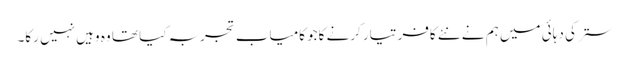
ستر کی دہائی میں ہم نے نئے کافر تیار کرنے کاجو کامیاب تجربہ کیا تھا وہ وہیں نہیں رکا۔